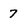
Character: 7